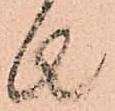
者